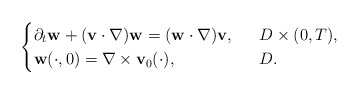
\begin{align*}\begin{cases}\partial_t\mathbf{w}+(\mathbf{v}\cdot \nabla)\mathbf{w}=(\mathbf{w}\cdot \nabla)\mathbf{v},\ \ &D\times (0,T),\\\mathbf{w}(\cdot, 0)=\nabla\times \mathbf{v}_0(\cdot), \ \ &D.\end{cases}\end{align*}